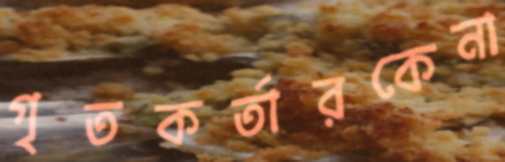
গৃতকর্তারকেনা